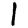
Digit: 1